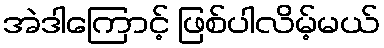
အဲဒါကြောင့် ဖြစ်ပါလိမ့်မယ်